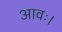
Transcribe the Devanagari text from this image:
आवः।